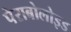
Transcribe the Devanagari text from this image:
पेराबोलोइड